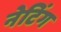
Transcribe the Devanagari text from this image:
नेटिंग